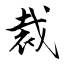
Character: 裁